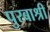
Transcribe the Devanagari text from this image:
पुरबाश्री